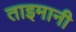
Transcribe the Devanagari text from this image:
ताइमानी